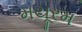
મયૂરમ